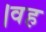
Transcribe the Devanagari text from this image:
।वह